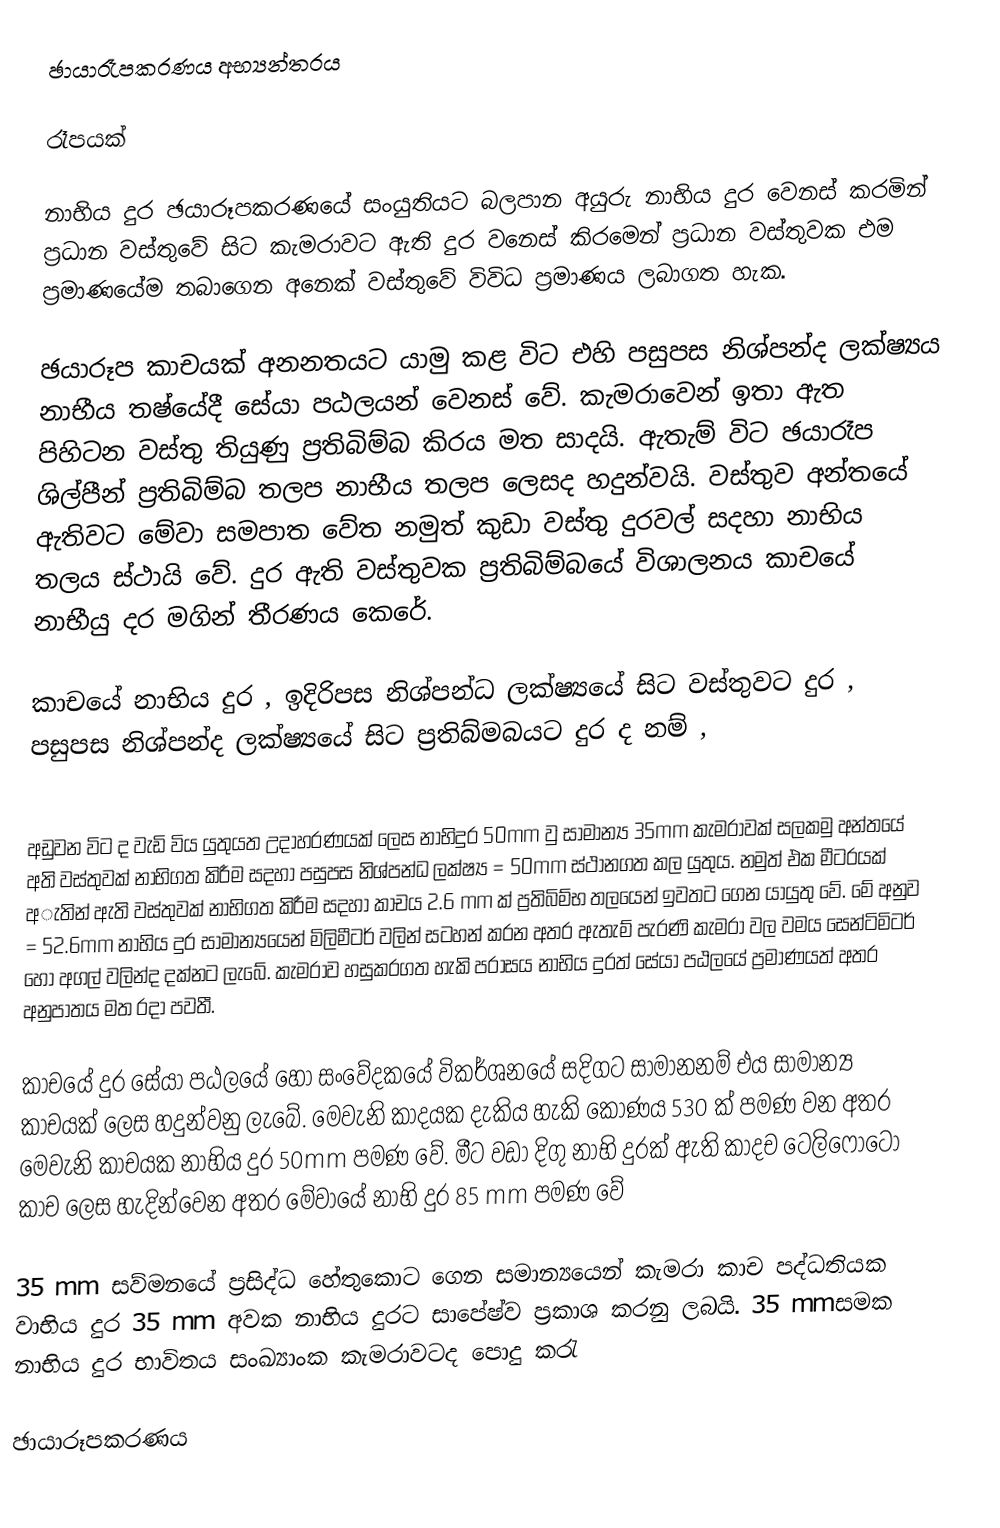
ඡායාරෑපකරණය අභ්‍යන්තරය

රෑපයක්

නාභිය දුර ඡයාරූපකරණයේ සංයුතියට බලපාන අයුරු නාභිය දුර වෙනස් කරමින් ප්‍රධාන වස්තුවේ සිට කැමරාවට ඇති දුර වනෙස් කිරමෙන් ප්‍රධාන වස්තුවක එම ප්‍රමාණයේම තබාගෙන අනෙක් වස්තුවේ විවිධ ප්‍රමාණය ලබාගත හැක.

ඡයාරූප කාචයක් අනනතයට යාමු කළ විට එහි පසුපස නිශ්පන්ද ලක්ෂ්‍යය නාභීය තෂ්යේදී සේයා පඨලයන් වෙනස් වේ. කැමරාවෙන් ඉතා ඇත පිහිටන වස්තු තියුණු ප්‍රතිබිම්බ කිරය මත සාදයි. ඇතැම් විට ඡයාරෑප ශිල්පීන් ප්‍රතිබිම්බ තලප නාභීය තලප ලෙසද හදුන්වයි. වස්තුව අන්තයේ ඇතිවට මේවා සමපාත වේත නමුත් කුඩා වස්තු දුරවල් සදහා නාභිය තලය ස්ථායි වේ. දුර ඇති වස්තුවක ප්‍රතිබිම්බයේ විශාලනය කාචයේ නාභීයු දර මගින් තීරණය කෙරේ.

කාචයේ නාභිය දුර  , ඉදිරිපස නිශ්පන්ධ ලක්ෂ්‍යයේ සිට වස්තුවට දුර  , පසුපස නිශ්පන්ද ලක්ෂ්‍යයේ සිට ප්‍රතිබ්මබයට දුර  ද නම් ,

 අඩුවන විට  ද වැඩි විය යුතුයත උදාහරණයක් ලෙස නාභිදුර 50mm වු සාමාන්‍ය 35mm කැමරාවක් සලකමු අන්තයේ අති වස්තුවක් නාභිගත කිරීම සදහා පසුපස නිශ්පන්ධ ලක්ෂ්‍ය   = 50mm ස්ථානගත කල යුතුය. නමුත් එක මීටරයක් අැතින් ඇති වස්තුවක් නාභිගත කිරීම සදහා කාචය 2.6 mm ක් ප්‍රතිබිම්භ තලයෙන් ඉවතට ගෙන යායුතු වේ. මේ අනුව   = 52.6mm නාභිය දුර සාමාන්‍යයෙන් මිලිමීටර් වලින් සටහන් කරන අතර ඇතැම් පැරණි කැමරා වල වමය සෙන්ටිමිටර් හෝ අගල් වලින්ද දක්නට ලැබේ. කැමරාව හසුකරගත හැකි පරාසය නාභිය දුරත් සේයා පඨලයේ ප්‍රමාණයත් අතර අනුපාතය මත රදා පවතී.

කාචයේ දුර සේයා පඨලයේ හෝ සංවේදකයේ විකර්ශනයේ සදිගට සාමානනම් එය සාමාන්‍ය කාචයක් ලෙස හදුන්වනු ලැබේ. මෙවැනි කාදයක දැකිය හැකි කෝණය 530 ක් පමණ වන අතර මෙවැනි කාචයක නාභිය දුර 50mm පමණ වේ. මීට වඩා දිගු නාභි දුරක් ඇති කාදච ටෙලිෆෝටෝ කාච ලෙස හැදින්වෙන අතර මේවායේ නාභි දුර 85 mm පමණ වේ

35 mm සව්මනයේ ප්‍රසිද්ධ හේතුකොට ගෙන සමාන්‍යයෙන් කැමරා කාච පද්ධතියක වාභිය දුර 35 mm අවක නාභිය දුරට සාපේෂ්ව ප්‍රකාශ කරනු ලබයි. 35 mmසමක නාභිය දුර භාවිතය සංඛ්‍යාංක කැමරාවටද පොදු කරැ

ඡායාරූපකරණය